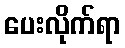
ပေးလိုက်ရာ